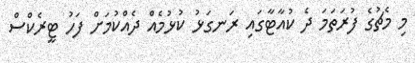
މި މެޗުގެ ފުރަތަމަ ދެ ކުއާޓާގައި ރަނގަޅު ކުޅުމެއް ދެއްކުމަށް ފަހު ޓީރެކްސް